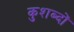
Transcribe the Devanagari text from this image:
कुशब्दों